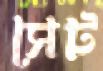
সেট